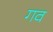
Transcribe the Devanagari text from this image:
गव